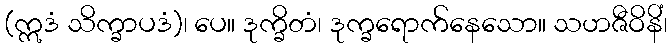
(ဣဒံ သိက္ခာပဒံ)၊ ပေ။ ဒုက္ခိတံ၊ ဒုက္ခရောက်နေသော။ သဟဇီဝိနိံ၊